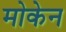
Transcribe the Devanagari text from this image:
मोकेन